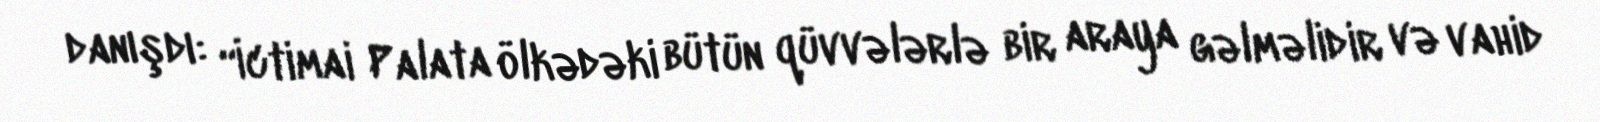
danışdı: “İctimai Palata ölkədəki bütün qüvvələrlə bir araya gəlməlidir və vahid